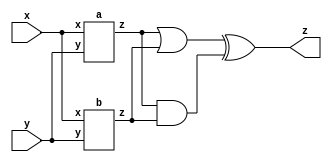
module top_module (input x, input y, output z);
	wire z1,z2;
    a a1(x,y,z1);
    b b1(x,y,z2);
    
    assign z = (z1|z2) ^ (z1&z2);
endmodule

module a(input x, input y, output z);
    assign z = (x^y) & x;
endmodule

module b(input x, input y, output z);
    assign z = ~(x^y);
endmodule